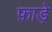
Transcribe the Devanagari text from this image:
फ़ाड़े